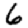
Digit: 6